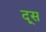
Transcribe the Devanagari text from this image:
दूस